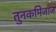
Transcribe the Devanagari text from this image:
तुनकमिजाज